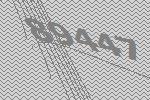
89447